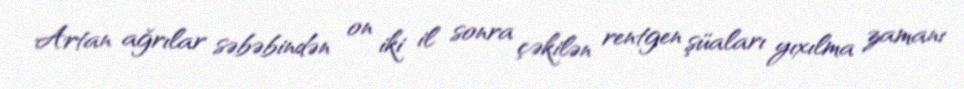
Artan ağrılar səbəbindən on iki il sonra çəkilən rentgen şüaları yıxılma zamanı